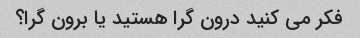
فکر می کنید درون گرا هستید یا برون گرا؟